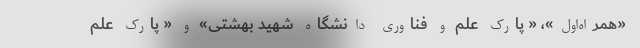
«همراه‌اول»، « پارک علم و فناوری دانشگاه شهید بهشتی» و « پارک علم